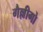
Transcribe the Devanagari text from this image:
गैल्लीगो